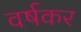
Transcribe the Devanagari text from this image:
वर्षकर